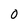
Character: 0